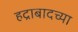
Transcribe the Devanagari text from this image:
हद्राबादच्या